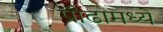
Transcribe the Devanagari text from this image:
प्रौढामध्ये